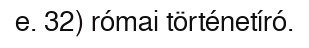
e. 32) római történetíró.